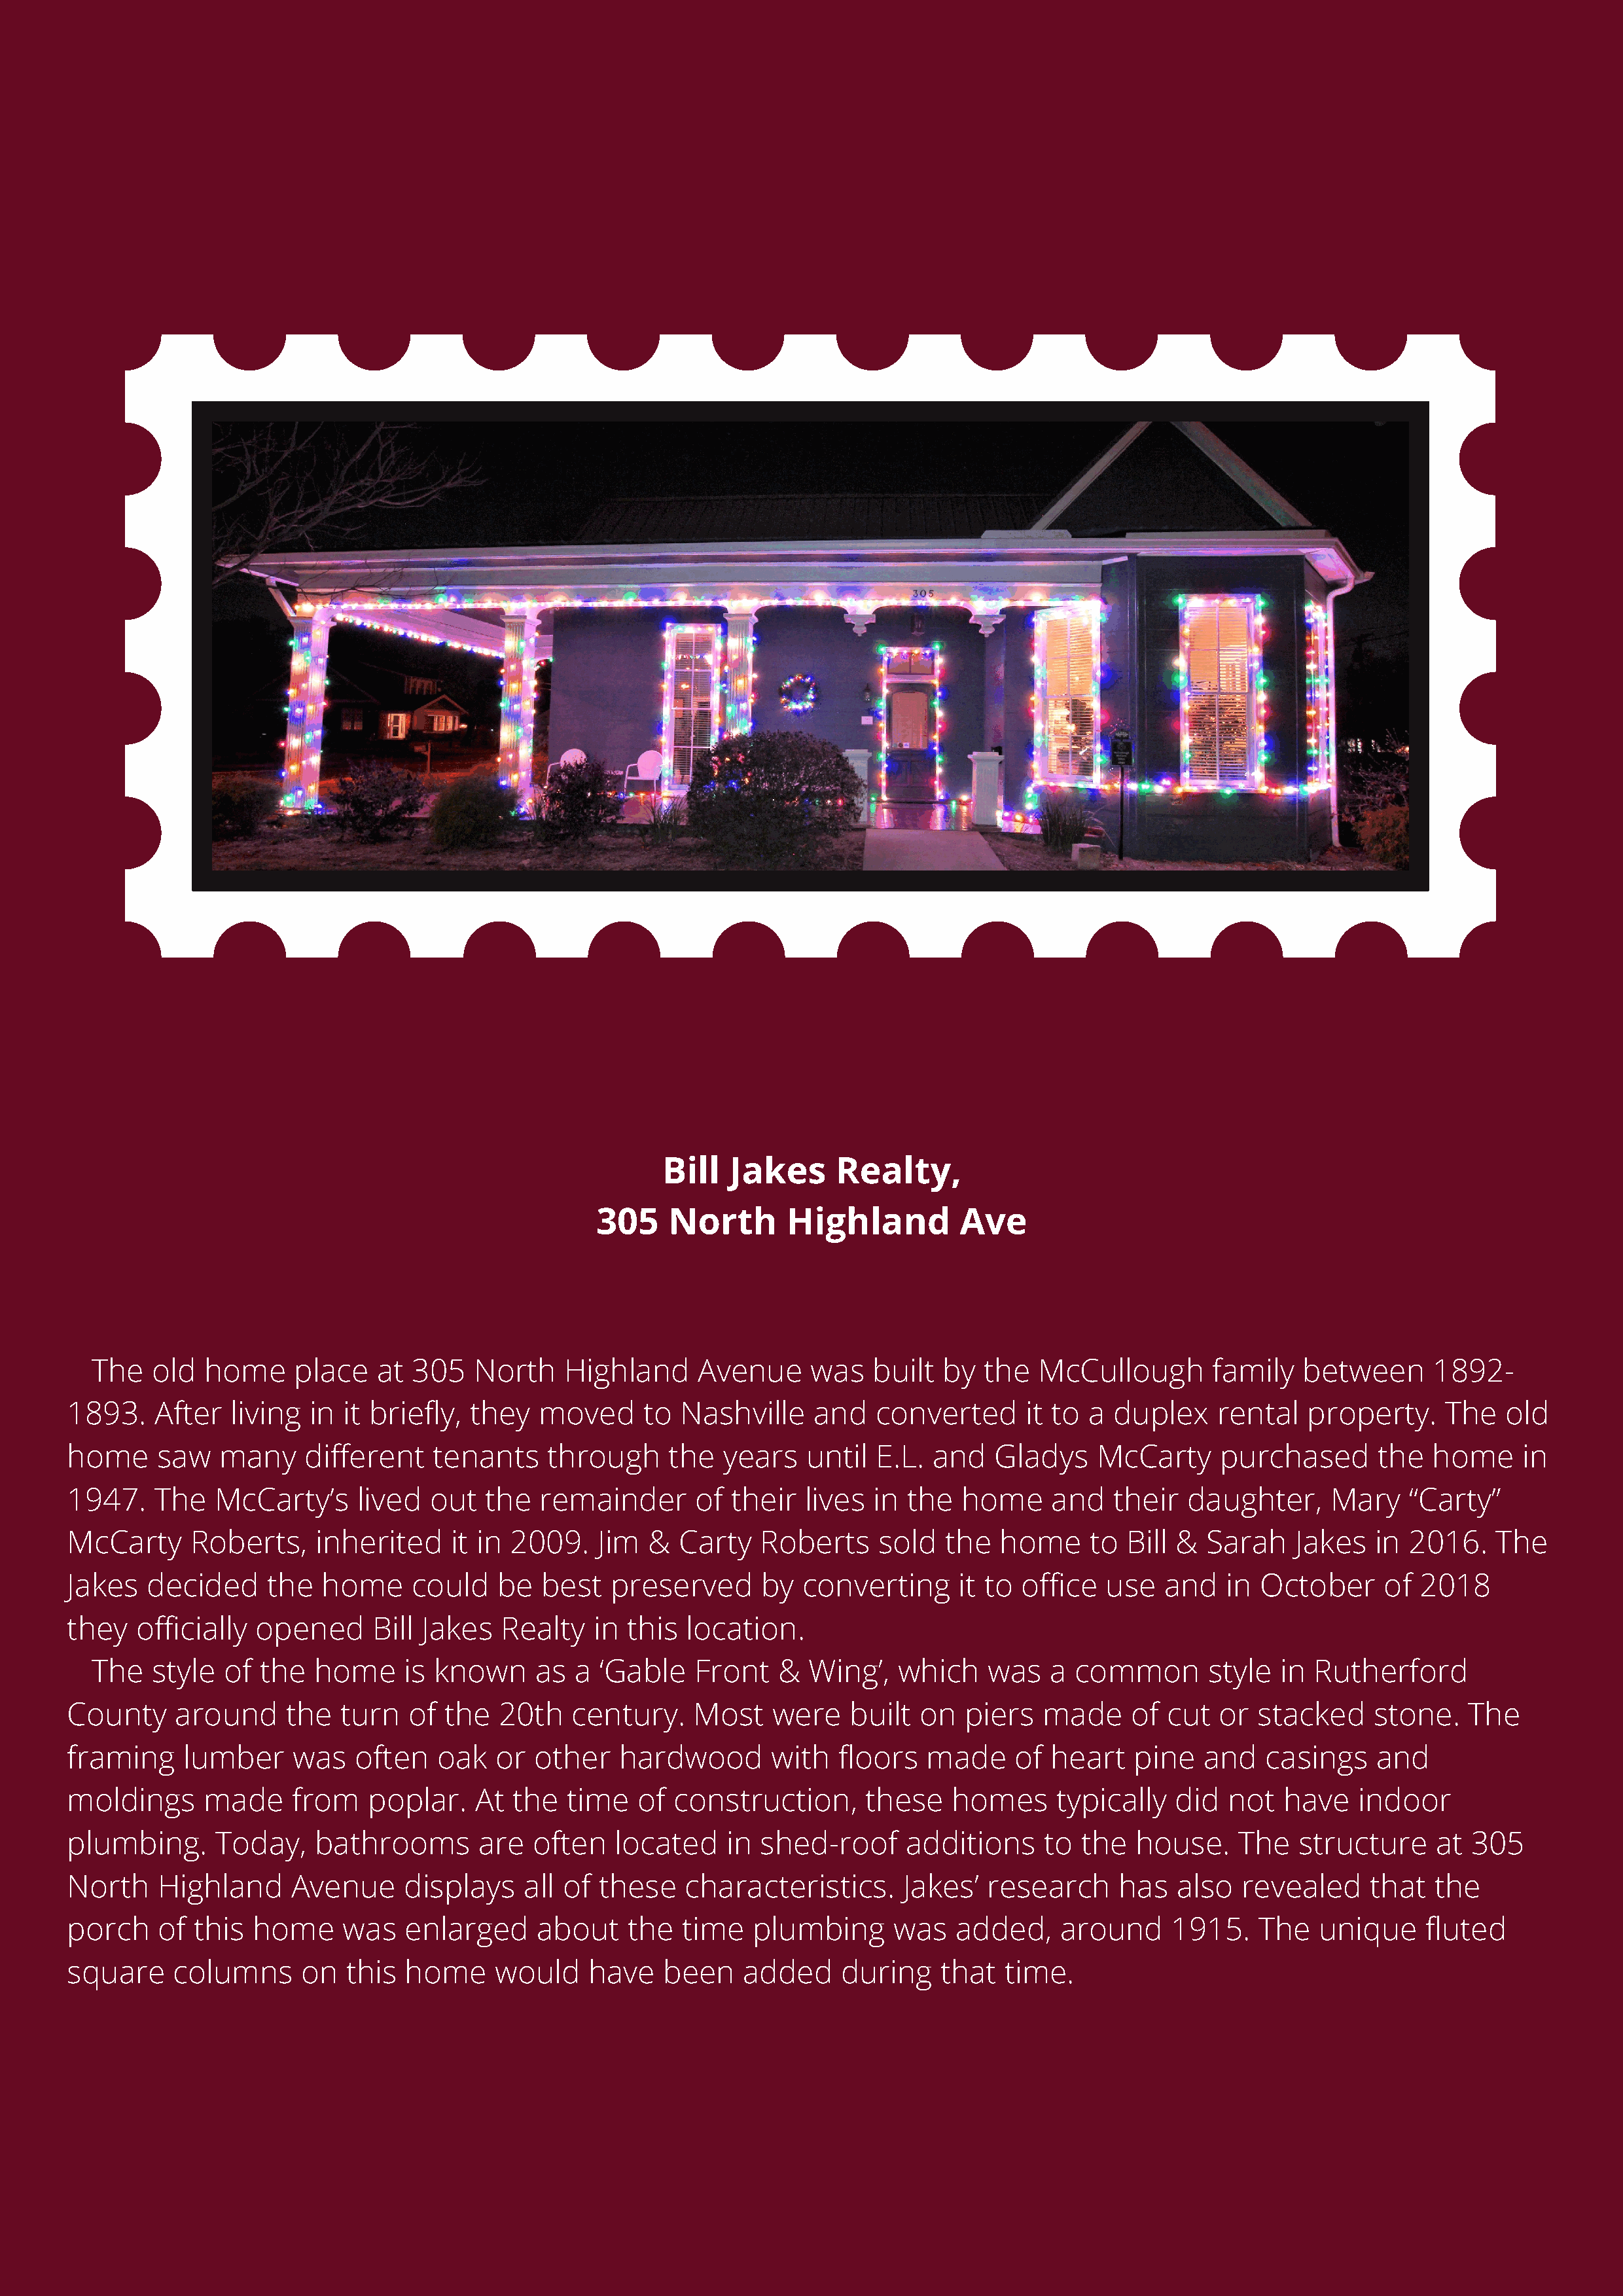
Bill   Jakes      Realty,
 305     North       Highland         Ave
 The   old   home     place   at  305   North    Highland      Avenue     was   built  by   the  McCullough        family   between      1892-
 1893.    After  living  in  it briefly,  they  moved      to  Nashville    and    converted      it to a  duplex    rental   property.     The   old
 home     saw   many     different    tenants    through      the  years    until  E.L. and    Gladys    McCarty     purchased       the   home     in
 1947.    The   McCarty’s     lived  out   the   remainder      of  their  lives  in  the  home     and    their  daughter,      Mary    “Carty”
 McCarty     Roberts,     inherited     it in 2009.   Jim   &  Carty   Roberts     sold   the  home     to  Bill &  Sarah    Jakes   in 2016.    The
 Jakes   decided     the   home     could   be   best   preserved      by  converting      it to office   use   and   in October      of  2018
 they   officially  opened      Bill Jakes   Realty   in this  location.
 The   style   of the   home     is known     as  a  ‘Gable   Front    &  Wing’,   which    was   a  common       style  in  Rutherford
 County     around     the  turn   of  the  20th    century.    Most    were    built  on   piers  made     of  cut  or  stacked     stone.    The
 framing     lumber     was   often   oak   or  other    hardwood       with   floors   made     of heart    pine   and   casings    and
 moldings      made     from   poplar.    At  the  time   of  construction,       these   homes      typically   did  not   have   indoor
 plumbing.      Today,    bathrooms       are   often   located    in  shed-roof      additions     to the   house.    The   structure     at  305
 North    Highland     Avenue      displays    all of  these   characteristics.      Jakes’   research     has   also   revealed     that  the
 porch    of  this  home     was   enlarged     about    the   time   plumbing      was    added,    around     1915.    The   unique     fluted
 square     columns     on   this  home     would    have    been    added     during    that   time.